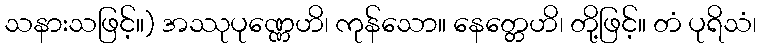
သနားသဖြင့်။) အဿုပုဏ္ဏေဟိ၊ ကုန်သော။ နေတ္တေဟိ၊ တို့ဖြင့်။ တံ ပုရိသံ၊